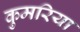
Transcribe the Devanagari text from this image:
कुमरिया